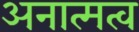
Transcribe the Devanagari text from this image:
अनात्मत्व